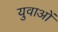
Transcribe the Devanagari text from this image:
युवाअों